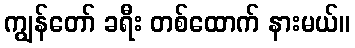
ကျွန်တော် ခရီး တစ်ထောက် နားမယ်။